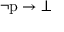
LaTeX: \lnot { \mathrm { p } } \to \bot